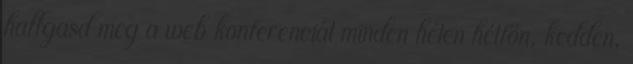
hallgasd meg a web konferenciát minden héten hétfőn, kedden,